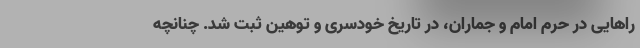
راهایی در حرم امام و جماران، در تاریخ خودسری و توهین ثبت شد. چنانچه